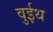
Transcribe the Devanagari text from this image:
वुईथ